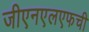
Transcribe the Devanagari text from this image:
जीएनएलएफची